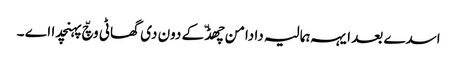
اسدے بعد ایہہ ہمالیہ دا دامن چھڈّ کے دون دی گھاٹی وچّ پہنچدا اے ۔